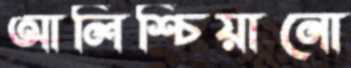
আলিশ্চিয়ানো